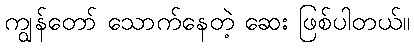
ကျွန်တော် သောက်နေတဲ့ ဆေး ဖြစ်ပါတယ်။